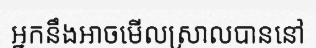
អ្នកនឹងអាចមើលស្រាលបាននៅ